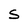
Character: S